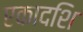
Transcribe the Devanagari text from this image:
एकादशि